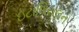
ઇટાલિયલન